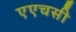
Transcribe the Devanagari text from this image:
एएचसी